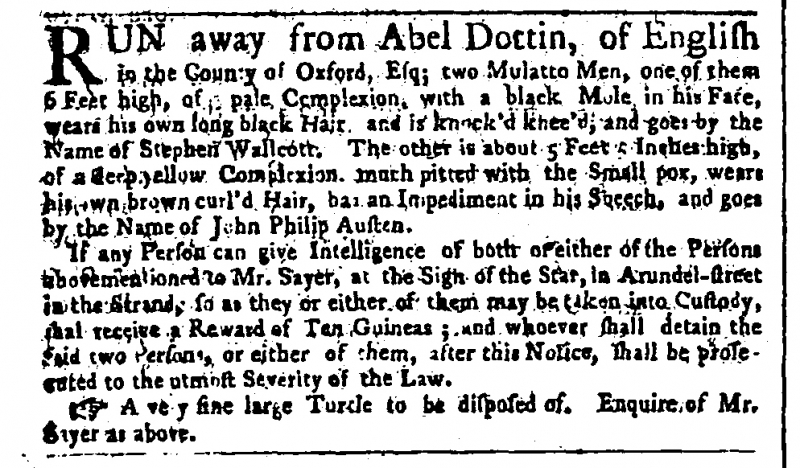
Public Advertiser, 10 September 1759 (England)
RUN away from Abel Dottin, of English in the County of Oxford, Esq; two Mulatto Men, one of them 6 Feet high, of [a] pale Complexion, with a black Mole in his Face, wears his own long black Hair, and is knock'd knee’d, and goes by the Name of Stephen Wallcott. The other is about 5 Feet 5 Inches high, of a deep yellow Complexion, much pitted with the Small pox, wears his own brown curl’d Hair, has an Impediment in his Speech, and goes by the Name of John Philip Austen.  If any person can give Intelligence of both or either of the Persons abovementioned to Mr. Sayer, at the Sign of the Star, in Arundel-street in the Strand, so as they or either of them may be taken into Custody, shall receive a Reward of Ten Guineas; and whoever shall detain the said two Persons, or either of them, after this Notice, shall be prosecuted to the utmost Severity of the Law.  A very fine large Turtle to be disposed of. Enquire of Mr. Sayer as above.